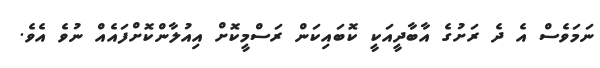
ނަމަވެސް އެ ދެ ރަށުގެ އާބާދީއަކީ ކޮބައިކަން ރަސްމީކޮށް އިއުލާންކޮށްފައެއް ނުވެ އެވެ.